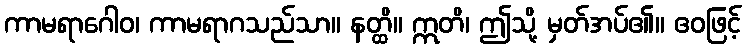
ကာမရာဂေါဝ၊ ကာမရာဂသည်သာ။ နတ္ထိ။ ဣတိ၊ ဤသို့ မှတ်အပ်၏။ ဧဝဖြင့်